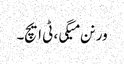
ورنن میگی، ٹی ایچ۔